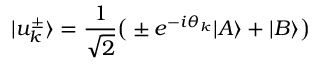
| u _ { k } ^ { \pm } \rangle = \frac { 1 } { \sqrt { 2 } } \big ( \pm e ^ { - i \theta _ { k } } | A \rangle + | B \rangle \big )